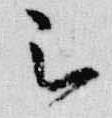
被